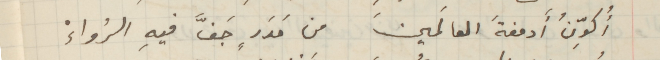
أُكوِّنُ أدمغةَ العالَمينَ من مَدَرٍ جفَّ فيهِ الرُواءْ